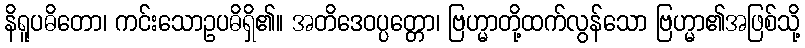
နိရူပဓိတော၊ ကင်းသောဥပဓိရှိ၏။ အတိဒေဝပ္ပတ္တော၊ ဗြဟ္မာတို့ထက်လွန်သော ဗြဟ္မာ၏အဖြစ်သို့